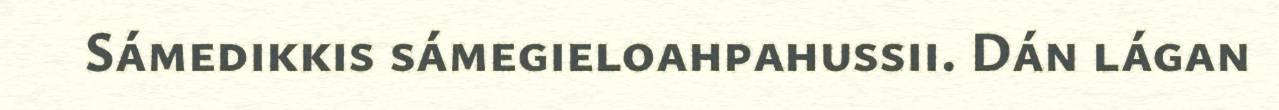
Sámedikkis sámegieloahpahussii. Dán lágan